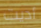
أديت